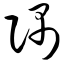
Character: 隅